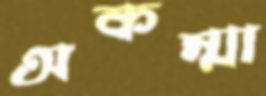
অকম্মা